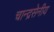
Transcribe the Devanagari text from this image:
चान्द्रसेनीय